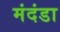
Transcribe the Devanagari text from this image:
मंदंडा